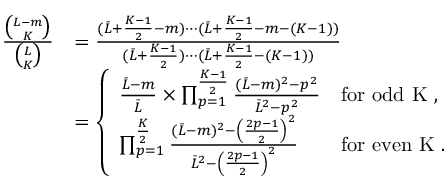
\begin{array} { r l } { \frac { \binom { L - m } { K } } { \binom { L } { K } } } & { = \frac { ( \Bar { L } + \frac { K - 1 } { 2 } - m ) \cdots ( \Bar { L } + \frac { K - 1 } { 2 } - m - ( K - 1 ) ) } { ( \Bar { L } + \frac { K - 1 } { 2 } ) \cdots ( \Bar { L } + \frac { K - 1 } { 2 } - ( K - 1 ) ) } } \\ & { = \left\{ \begin{array} { l l } { \frac { \Bar { L } - m } { \Bar { L } } \times \prod _ { p = 1 } ^ { \frac { K - 1 } { 2 } } \frac { ( \Bar { L } - m ) ^ { 2 } - p ^ { 2 } } { \Bar { L } ^ { 2 } - p ^ { 2 } } } & { \mathrm { f o r ~ o d d ~ K ~ , } } \\ { \prod _ { p = 1 } ^ { \frac { K } { 2 } } \frac { ( \Bar { L } - m ) ^ { 2 } - \left( \frac { 2 p - 1 } { 2 } \right) ^ { 2 } } { \Bar { L } ^ { 2 } - \left( \frac { 2 p - 1 } { 2 } \right) ^ { 2 } } } & { \mathrm { f o r ~ e v e n ~ K ~ . } } \end{array} \right. } \end{array}